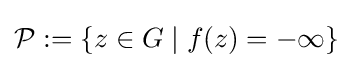
{\mathcal {P}}:=\{z\in G\mid f(z)=-\infty \}